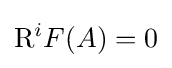
{\rm {R}}^{i}F(A)=0\,\!